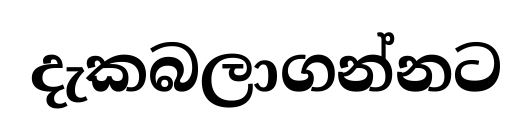
දැකබලාගන්නට